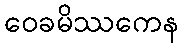
ဝေခမိဿကေန